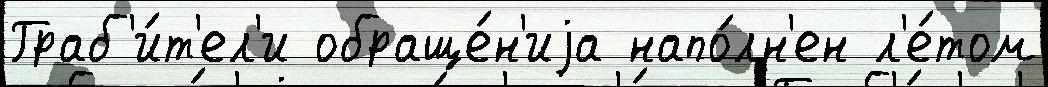
Граб'и́т'ел'и обраще́н'иjа напо́лн'ен л'е́том